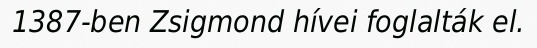
1387-ben Zsigmond hívei foglalták el.